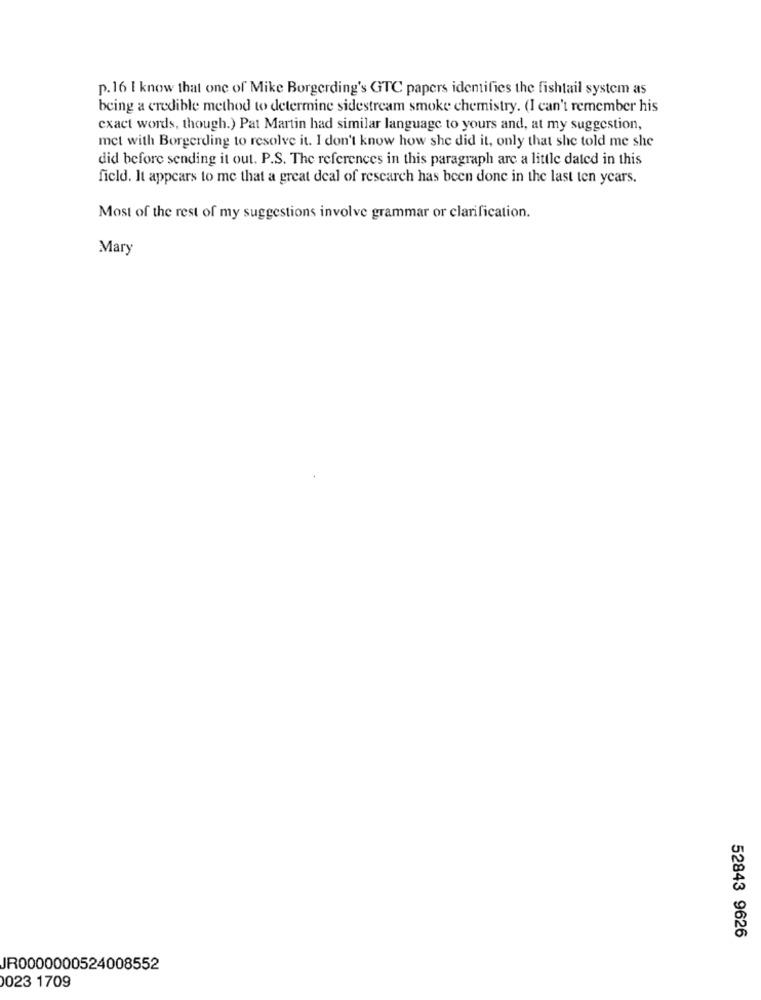
p.16 I know that one of Mike Borgerding's GTC papers identifies the fishtail system as
being a credible method to determine sidestream smoke chemistry. (I can't remember his
exact words, though.) Pat Martin had similar language to yours and, at my suggestion,
mct with Borgerding to resolve it. I don't know how she did it, only that she told me she
did before sending it out. P.S. The references in this paragraph are a little dated in this
field. It appears to me that a great deal of research has been done in the last ten years.
Most of the rest of my suggestions involve grammar or clarification.
Mary
52843 9626
JR0000000524008552
023 1709